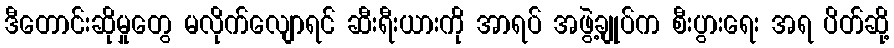
ဒီတောင်းဆိုမှုတွေ မလိုက်လျောရင် ဆီးရီးယားကို အာရပ် အဖွဲ့ချုပ်က စီးပွားရေး အရ ပိတ်ဆို့